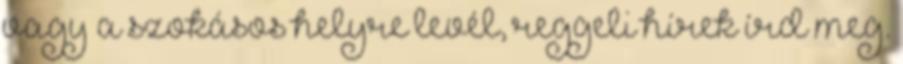
vagy a szokásos helyre levél, reggeli hírek írd meg.